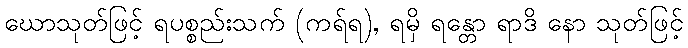
ဃောသုတ်ဖြင့် ရပစ္စည်းသက် (ကရ်ရ), ရမှိ ရန္တော ရာဒိ နော သုတ်ဖြင့်